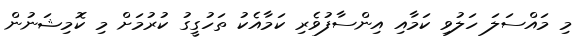
މި މައްސަލަ ހަލުވި ކަމާއި އިންސާފުވެރި ކަމާއެކު ތަހުގީގު ކުރުމަށް މި ކޮމިޝަނުން